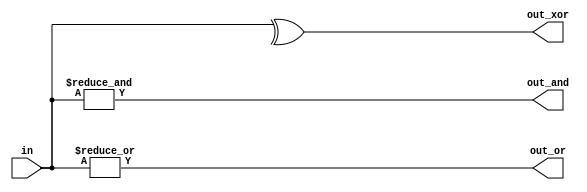
//Build a combinational circuit with four inputs, in[3:0].

//There are 3 outputs:

//out_and: output of a 4-input AND gate.
//out_or: output of a 4-input OR gate.
//out_xor: output of a 4-input XOR gate.


module top_module(


    input [3:0]in,
    output out_and,out_or,out_xor
    );

//assign out_and=in[3]&in[2]&in[1]&in[0];
assign out_and=&in;


//assign out_or=in[3]|in[2]|in[1]|in[0];
assign out_or=|in;


//assign out_xor=in[3]^in[2]^in[1]^in[0];
assign out_xor=^in;



endmodule